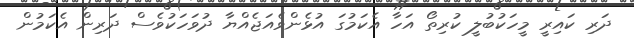
ދަރި ކައިރީ މީހަކުބުލީ ކުރިތޯ އަހާ އެކަމުގަ އުޅެންވެއަޖެއްޔާ ދުވަހަކުވެސް ދަރިން އެކަމުން